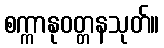
စက္ကာနုဝတ္တနသုတ်။